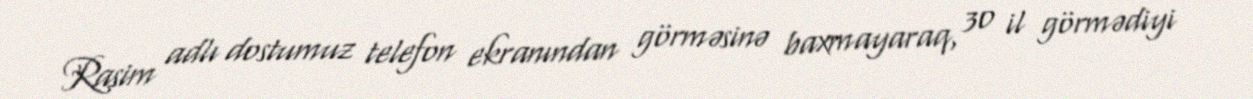
Rasim adlı dostumuz telefon ekranından görməsinə baxmayaraq, 30 il görmədiyi